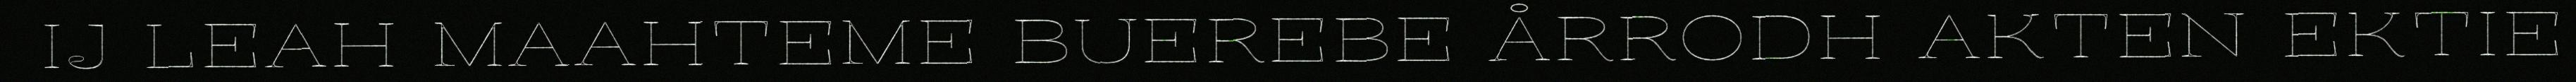
IJ LEAH MAAHTEME BUEREBE ÅRRODH AKTEN EKTIE